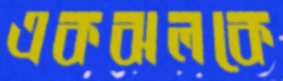
একঝলকে